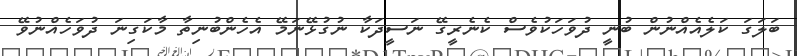
ބަލަގަ ކަލެއެއްނުން ބުނީ ދުވަހަކުވެސް ކެނެރީގޭ ނަސީދަކާ ނުގުޅޭނަމޭ އެހެންބުނިތާ މާކަގިނަ ދުވަހެއްނުވޭ